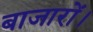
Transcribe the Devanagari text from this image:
बाजारों।